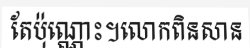
តែប៉ុណ្ណោះ។លោកពិនសាន